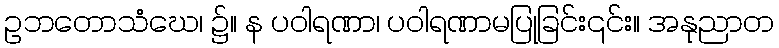
ဥဘတောသံဃေ၊ ၌။ န ပဝါရဏာ၊ ပဝါရဏာမပြုခြင်း၎င်း။ အနုညာတ